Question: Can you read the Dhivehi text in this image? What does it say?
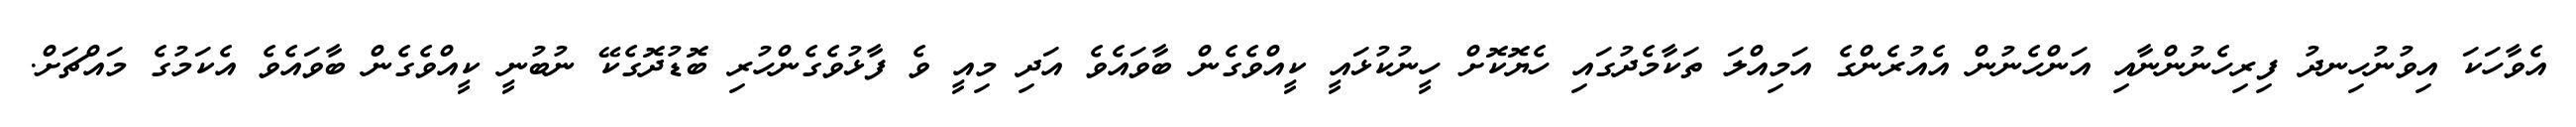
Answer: އެވާހަކަ އިވުނުހިނދު ފިރިހެނުންނާއި އަންހެނުން އެއުރެންގެ އަމިއްލަ ތަކާމެދުގައި ހެޔޮކޮށް ހީނުކުޅައީ ކީއްވެގެން ބާވައެވެ އަދި މިއީ ވެ ފާޅުވެގެންހުރި ބޮޑުދޮގެކޭ ނުބުނީ ކީއްވެގެން ބާވައެވެ އެކަމުގެ މައްޗަށް.